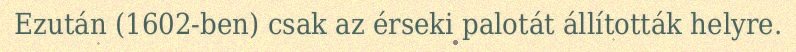
Ezután (1602-ben) csak az érseki palotát állították helyre.